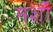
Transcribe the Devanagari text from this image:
मशीं